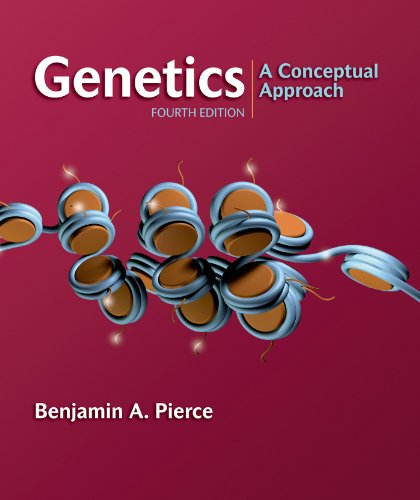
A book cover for Genetics: A Conceptual Approach, 4th Edition; Benjamin A. Pierce; Medical Books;